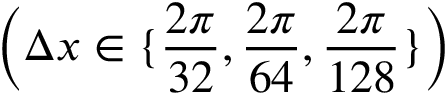
\left( \Delta x \in \{ \frac { 2 \pi } { 3 2 } , \frac { 2 \pi } { 6 4 } , \frac { 2 \pi } { 1 2 8 } \} \right)